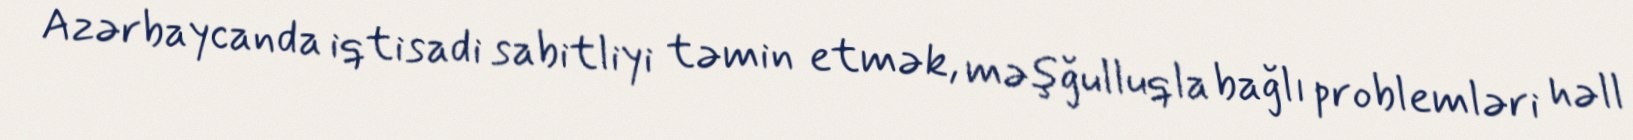
Azərbaycanda iqtisadi sabitliyi təmin etmək, məşğulluqla bağlı problemləri həll